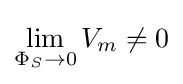
\lim _{\Phi _{S}\rightarrow 0}V_{m}\neq 0